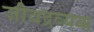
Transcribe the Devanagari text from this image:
जीवद्रव्यक